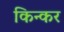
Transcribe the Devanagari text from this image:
किन्कर